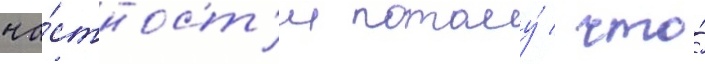
ча́стност'и потому́ / что́